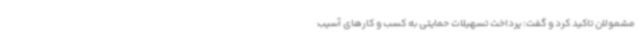
مشمولان تاکید کرد و گفت: پرداخت تسهیلات حمایتی به کسب و کارهای آسیب